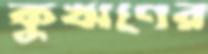
কুঋণের